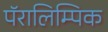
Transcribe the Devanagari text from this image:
पॅरालिम्पिक